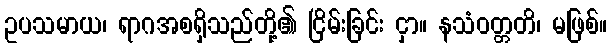
ဥပသမာယ၊ ရာဂအစရှိသည်တို့၏ ငြိမ်းခြင်း ငှာ။ နသံဝတ္တတိ၊ မဖြစ်။